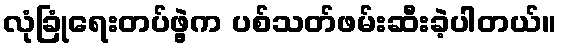
လုံခြုံရေးတပ်ဖွဲ့က ပစ်သတ်ဖမ်းဆီးခဲ့ပါတယ်။